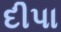
દીપા